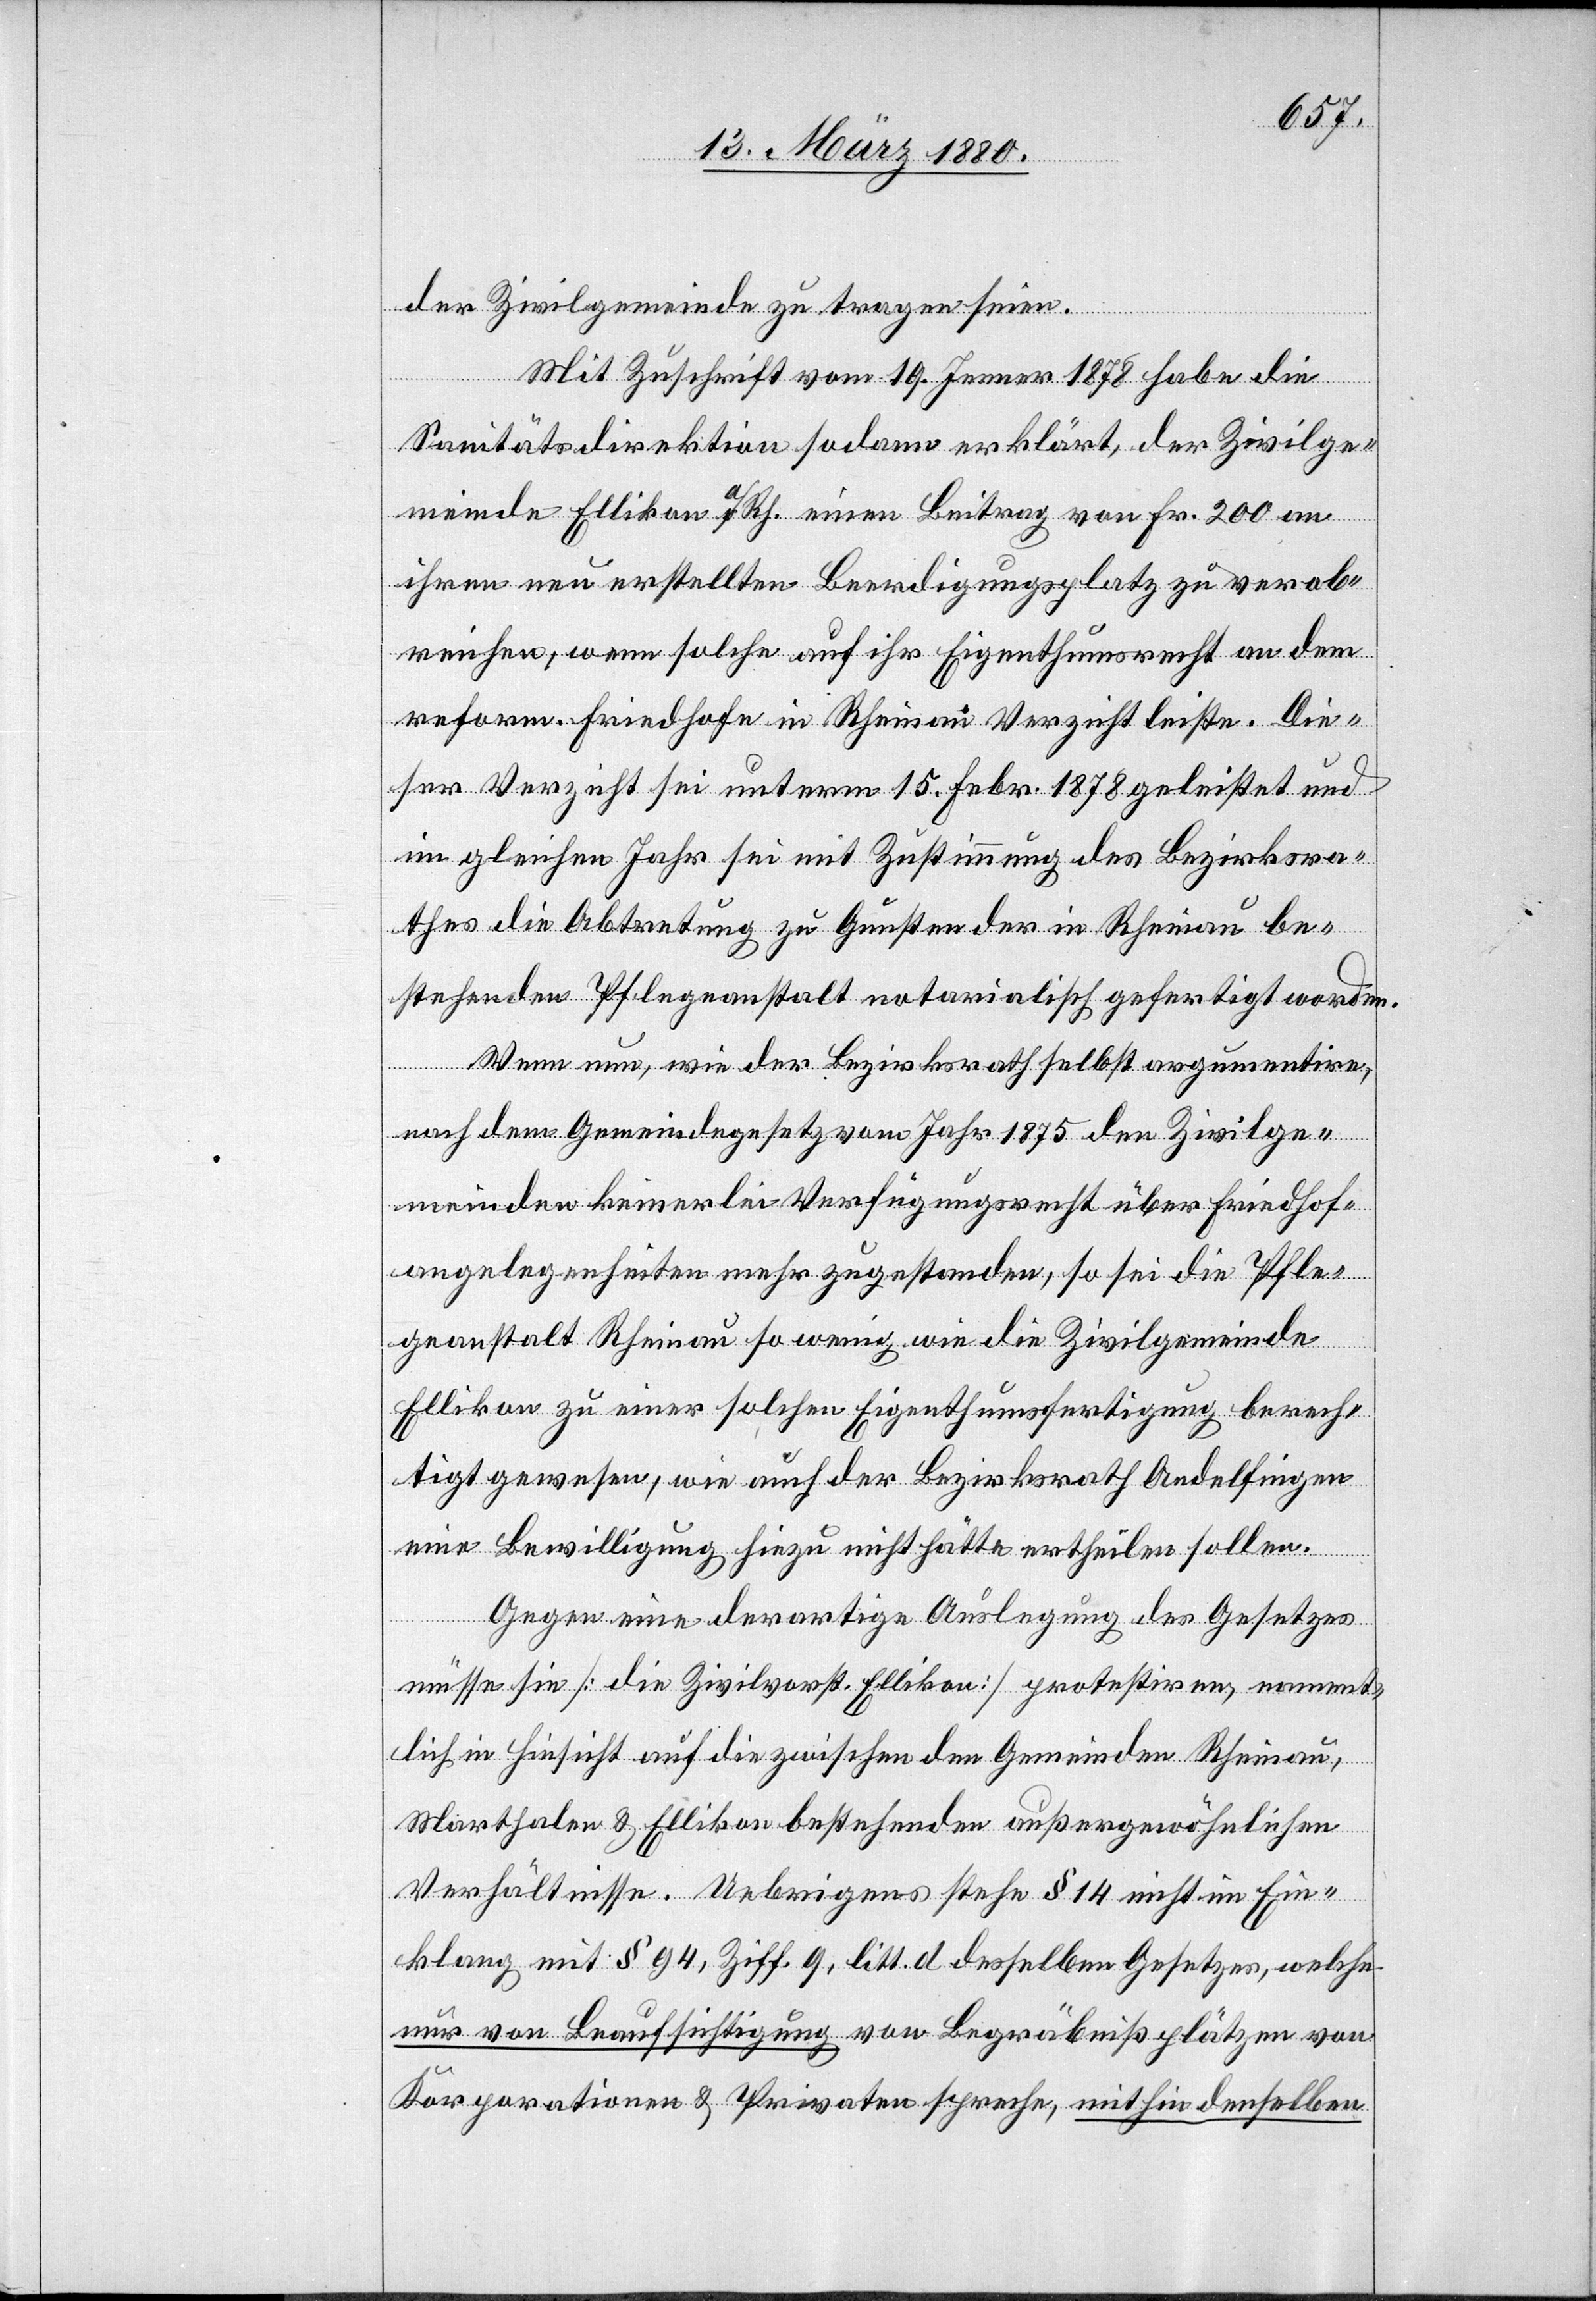
der Zivilgemeinde zu tragen seien
Mit Zuschrift vom 19. Jenner 1878 habe die
Sanitätsdirektion sodann erklärt, der Zivilge¬
meinde Ellikon a/Rh. einen Beitrag von Fr. 200 an
ihren neu erstellten Beerdigungsplatz zu verab¬
reichen, wenn solche auf ihr Eigenthumsrecht an dem
reform. Friedhofe in Rheinau Verzicht leiste. Die¬
ser Verzicht sei unterm 15. Febr. 1878 geleistet und
im gleichen Jahr sei mit Zustimmung des Bezirksra¬
thes die Abtretung zu Gunsten der in Rheinau be¬
stehenden Pflegeanstalt notarialisch gefertigt worden.
Wenn nun, wie der Bezirksrath selbst argumentire,
nach dem Gemeindegesetz vom Jahr 1875 den Zivilge¬
meinden keinerlei Verfügungsrecht über Friedhof¬
angelegenheiten mehr zugestanden, so sei die Pfle¬
geanstalt Rheinau so wenig wie die Zivilgemeinde
Ellikon zu einer solchen Eigenthumsfertigung berech¬
tigt gewesen, wie auch der Bezirksrath Andelfingen
eine Bewilligung hiezu nicht hätte ertheilen sollen.
Gegen eine derartige Auslegung des Gesetzes
müsse sie [die Zivilvorst. Ellikon] protestiren, nament¬
lich in Hinsicht auf die zwischen den Gemeinden Rheinau,
Marthalen & Ellikon bestehenden außergewöhnlichen
Verhältnisse. Uebrigens stehe § 14 nicht im Ein¬
klang mit § 94, Ziff. 9, litt. d. desselben Gesetzes, welche
nur von Beaufsichtigung von Begräbnißplätzen von
Korporationen & Privaten spreche, mithin denselben